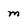
Character: m